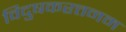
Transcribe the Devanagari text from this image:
विदुषकरत्तनम